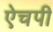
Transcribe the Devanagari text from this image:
ऐचपी